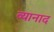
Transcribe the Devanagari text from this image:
व्यानाद